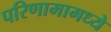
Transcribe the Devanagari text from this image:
परिणामामध्ये